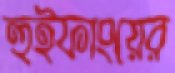
হুইফাংয়ের